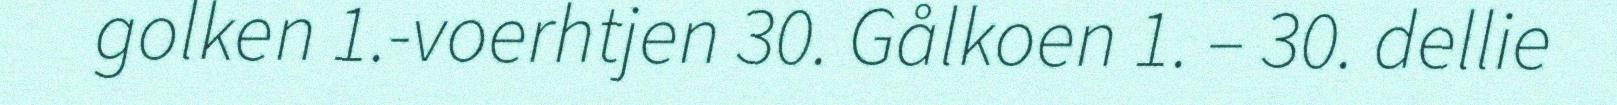
golken 1.-voerhtjen 30. Gålkoen 1. – 30. dellie